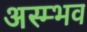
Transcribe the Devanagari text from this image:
अस्म्भव